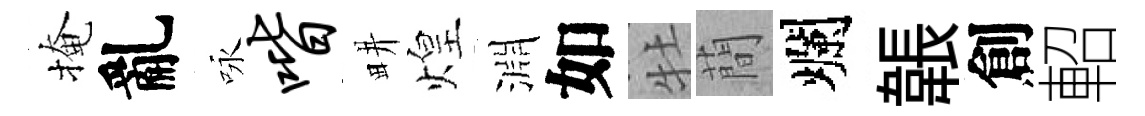
掩亂咏喈畊煌淵如牡蕳爛韔創軺